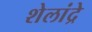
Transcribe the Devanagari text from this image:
शेलांद्रे